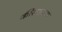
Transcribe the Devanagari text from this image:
कीस्थापना